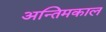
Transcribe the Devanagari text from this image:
अन्तिमकाल